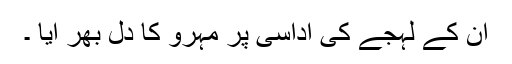
ان کے لہجے کی اداسی پر مہرو کا دل بھر آیا ۔